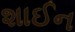
શાઈન